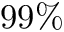
9 9 \%